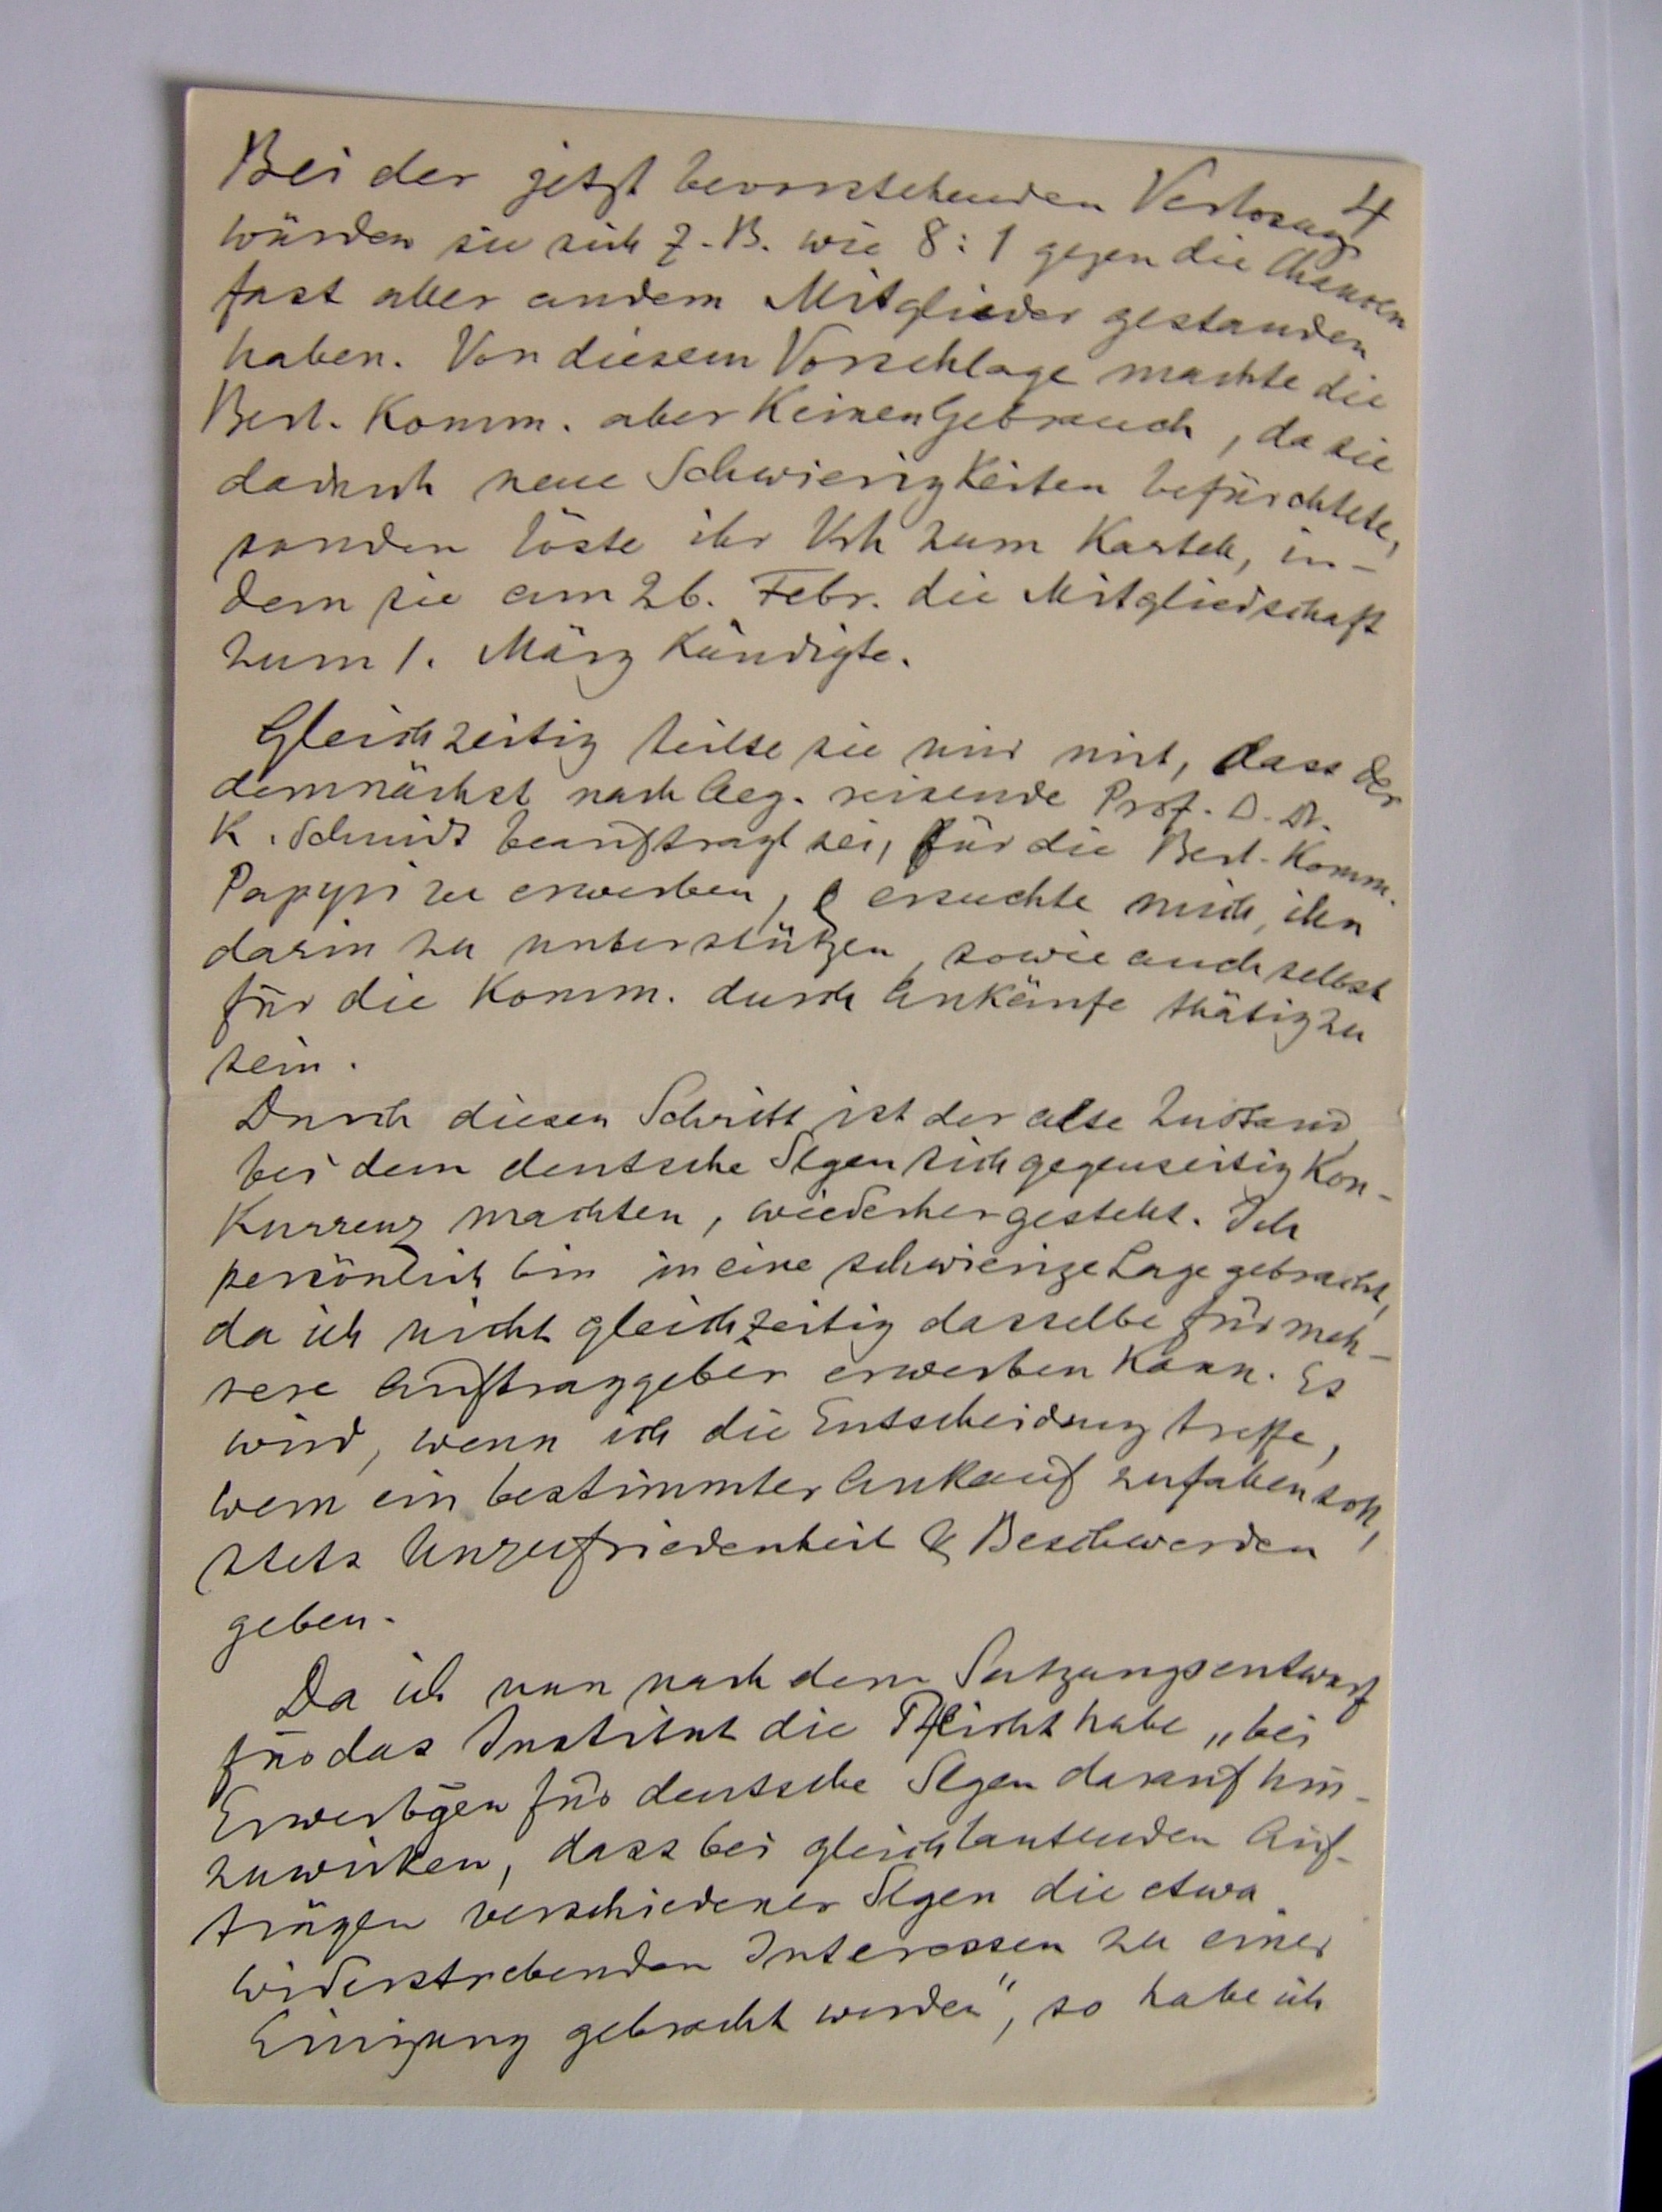
4
Bei der jetzt bevorstehenden Verlosant
wurden sie sich z. B. wie 8:1 gegen die Menoen
fast aller andern Mitglieder gestanden
haben. Von diesem Vorschlage machte die
Berl. Komm. aber keinen Gebrauch, da sie
dadurch neue Schwierigkeiten befürchtete.
fonden löste ihr Ich zum Kartell, in¬
dem sie am 26. Febr. die Mitgliedschaft
zum 1. Marz Kändigte.
Gleichzeitig teilte sie mir mit, dass d
demnachst nach Aeg. reisende Prot. D. D.
R. Schmidt beauftragt sei, für die Berl. Komm.
Papypi zu erwerben, & ersuchte mich, ihn
darin zu unterstützen sowie auch selbst
für die Komm. durch Ankäufe thätig zu
sein.
Durch diesen Schritt ist der alse Zudtand
bei dem deutsche Segen sichgegenseitig kon¬
kurrens machten, wiederhergestellt. Ich
persönlich bin in eine schwierige Lage gebracht,
da ich nicht gleichzeitig dasselbe fürmeh¬
rere Auftraggeber erwerben kann. Es
wird, wenn ich die Entscheidung treffe,
wein ein bestimmter Ankauf zufallen soh
stetz Anzufriedenheit & Beschwerden
geben.
Da ich nun nach dem Sutzungsentwerg
fro das Institut die Pflicht habe, bei
Erwerbgen für deutsche Segen darauf hin
zuwicken, dass bei gleichtantenden Auf¬
tiegen verschiedener Segen die etwa
widerstrebenden Interossen zu einer
Giyung gebracht werden, so habe ich